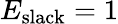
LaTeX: E_{\mathrm{slack}}=1